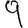
Digit: 9